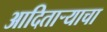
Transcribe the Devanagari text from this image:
आदितार्‍याचा